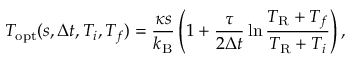
T _ { \mathrm { o p t } } ( s , \Delta t , T _ { i } , T _ { f } ) = \frac { \kappa s } { k _ { \mathrm { B } } } \left( 1 + \frac { \tau } { 2 \Delta t } \ln \frac { T _ { \mathrm { R } } + T _ { f } } { T _ { \mathrm { R } } + T _ { i } } \right) ,